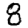
Digit: 8